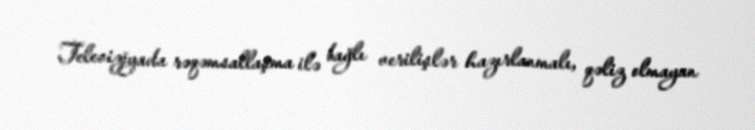
Televiziyada rəqəmsallaşma ilə bağlı verilişlər hazırlanmalı, qəliz olmayan